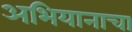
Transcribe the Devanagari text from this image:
अभियानाचा